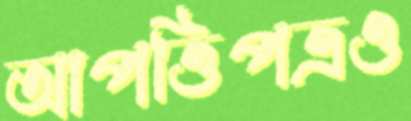
আপত্তিপত্রও